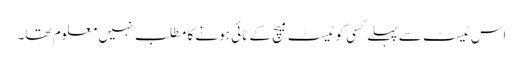
اس ٹیسٹ سے پہلے کسی کو ٹیسٹ میچ کے ٹائی ہونے کا مطلب نہیں معلوم تھا۔